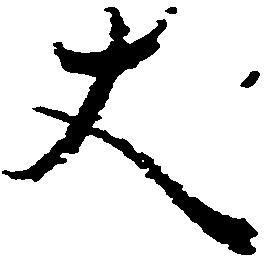
丈